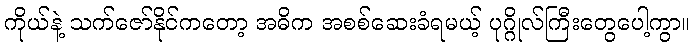
ကိုယ်နဲ့ သက်ဇော်နိုင်ကတော့ အဓိက အစစ်ဆေးခံရမယ့် ပုဂ္ဂိုလ်ကြီးတွေပေါ့ကွာ။